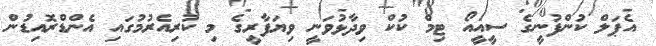
އެޕަލް ކުންފުނީގެ ސީއީއޯ ޓިމް ކުކް ވިދާޅުވަނީ ވިޔަފާރީގެ މި ކުރިއެރުމުގައި އެންޑްރޮއިޑުން